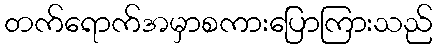
တက်ရောက်အမှာစကားပြောကြားသည်